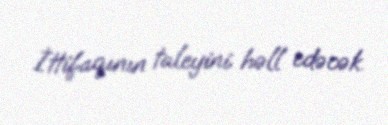
İttifaqının taleyini həll edəcək.